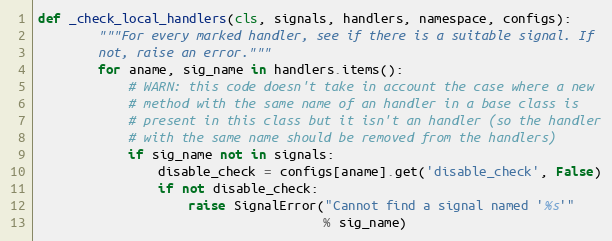
Language: Python
def _check_local_handlers(cls, signals, handlers, namespace, configs):
        """For every marked handler, see if there is a suitable signal. If
        not, raise an error."""
        for aname, sig_name in handlers.items():
            # WARN: this code doesn't take in account the case where a new
            # method with the same name of an handler in a base class is
            # present in this class but it isn't an handler (so the handler
            # with the same name should be removed from the handlers)
            if sig_name not in signals:
                disable_check = configs[aname].get('disable_check', False)
                if not disable_check:
                    raise SignalError("Cannot find a signal named '%s'"
                                      % sig_name)